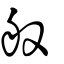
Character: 般